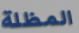
المظلة